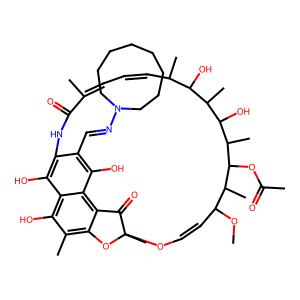
SMILES: COC1C=COC2(C)Oc3c(C)c(O)c4c(O)c(c(C=NN5CCCCCCCC5)c(O)c4c3C2=O)NC(=O)C(C)=CC=CC(C)C(O)C(C)C(O)C(C)C(OC(C)=O)C1C
Inhibits HIV replication: No